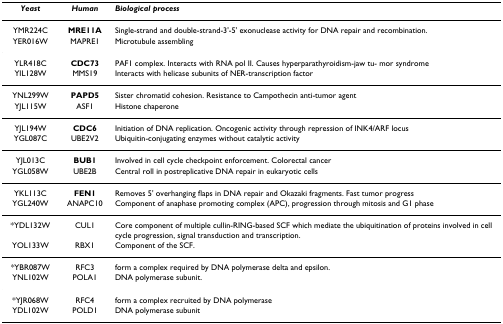
<table><thead><tr><td><b><i>Yeast</i></b></td><td><b><i>Human</i></b></td><td><b><i>Biological process</i></b></td></tr></thead><tbody><tr><td>YMR224C</td><td><b>MRE11A</b></td><td>Single-strand and double-strand-3&#x27;-5&#x27; exonuclease activity for DNA repair and recombination.</td></tr><tr><td>YER016W</td><td>MAPRE1</td><td>Microtubule assembling</td></tr><tr><td>YLR418C</td><td><b>CDC73</b></td><td>PAF1 complex. Interacts with RNA pol II. Causes hyperparathyroidism-jaw tu- mor syndrome</td></tr><tr><td>YIL128W</td><td>MMS19</td><td>Interacts with helicase subunits of NER-transcription factor</td></tr><tr><td>YNL299W</td><td><b>PAPD5</b></td><td>Sister chromatid cohesion. Resistance to Campothecin anti-tumor agent</td></tr><tr><td>YJL115W</td><td>ASF1</td><td>Histone chaperone</td></tr><tr><td>YJL194W</td><td><b>CDC6</b></td><td>Initiation of DNA replication. Oncogenic activity through repression of INK4/ARF locus</td></tr><tr><td>YGL087C</td><td>UBE2V2</td><td>Ubiquitin-conjugating enzymes without catalytic activity</td></tr><tr><td>YJL013C</td><td><b>BUB1</b></td><td>Involved in cell cycle checkpoint enforcement. Colorectal cancer</td></tr><tr><td>YGL058W</td><td>UBE2B</td><td>Central roll in postreplicative DNA repair in eukaryotic cells</td></tr><tr><td>YKL113C</td><td><b>FEN1</b></td><td>Removes 5&#x27; overhanging flaps in DNA repair and Okazaki fragments. Fast tumor progress</td></tr><tr><td>YGL240W</td><td>ANAPC10</td><td>Component of anaphase promoting complex (APC), progression through mitosis and G1 phase</td></tr><tr><td>*YDL132W</td><td>CUL1</td><td>Core component of multiple cullin-RING-based SCF which mediate the ubiquitination of proteins involved in cell cycle progression, signal transduction and transcription.</td></tr><tr><td>YOL133W</td><td>RBX1</td><td>Component of the SCF.</td></tr><tr><td>*YBR087W</td><td>RFC3</td><td>form a complex required by DNA polymerase delta and epsilon.</td></tr><tr><td>YNL102W</td><td>POLA1</td><td>DNA polymerase subunit.</td></tr><tr><td>*YJR068W</td><td>RFC4</td><td>form a complex recruited by DNA polymerase</td></tr><tr><td>YDL102W</td><td>POLD1</td><td>DNA polymerase subunit</td></tr></tbody></table>